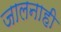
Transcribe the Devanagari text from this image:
जालनाही